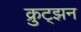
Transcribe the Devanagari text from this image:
क्रुट्झन